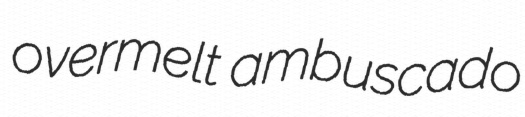
overmelt ambuscado